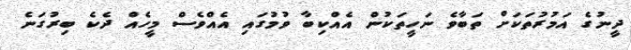
ދީނުގެ އަމުރުތަކަށް ތަބާވެ ނަހީތަކުން އެއްކިބާ ވުމުގައި އެއްވެސް މީހެއް ދެކެ ބިރުގަނެ